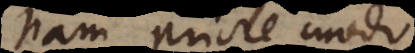
Nam priore modo